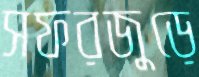
সফরজুড়ে